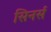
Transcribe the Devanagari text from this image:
सिनर्स